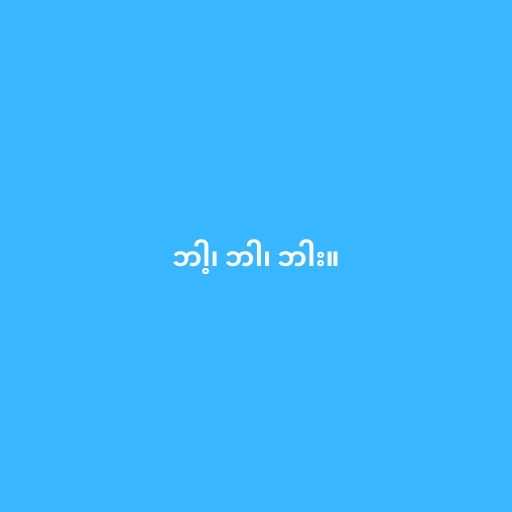
ဘါ့၊ ဘါ၊ ဘါး။